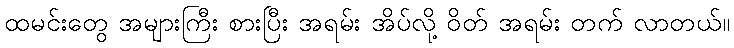
ထမင်းတွေ အများကြီး စားပြီး အရမ်း အိပ်လို့ ဝိတ် အရမ်း တက် လာတယ်။